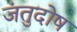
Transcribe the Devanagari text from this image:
जंतुदोष